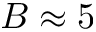
B \approx 5